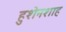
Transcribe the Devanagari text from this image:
हुशेनशाह